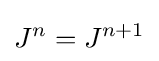
J^{n}=J^{n+1}